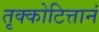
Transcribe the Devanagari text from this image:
तृक्कोटित्तानं